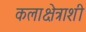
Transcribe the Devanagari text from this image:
कलाक्षेत्राशी